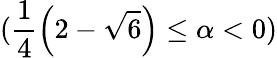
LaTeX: (\frac{1}{4}\left(2-\sqrt{6}\right)\leq\alpha<0)